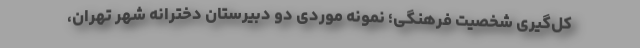
کل‌گیری شخصیت فرهنگی؛ نمونه موردی دو دبیرستان دخترانه شهر تهران،